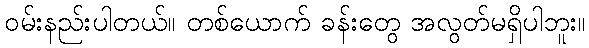
ဝမ်းနည်းပါတယ်။ တစ်ယောက် ခန်းတွေ အလွတ်မရှိပါဘူး။